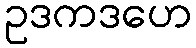
ဥဒကဒဟေ